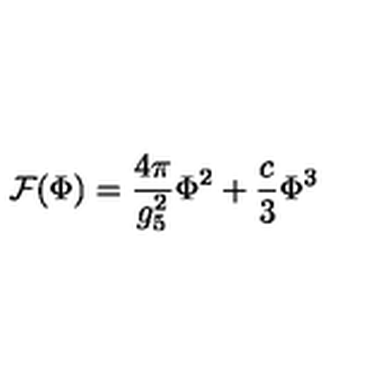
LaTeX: { \cal F } ( \Phi ) = \frac { 4 \pi } { g _ { 5 } ^ { 2 } } \Phi ^ { 2 } + \frac { c } { 3 } \Phi ^ { 3 }